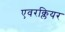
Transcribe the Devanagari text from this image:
एवरक्लियर